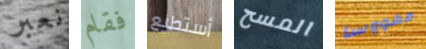
نعبر فقام أستطيع المسح مهووسا